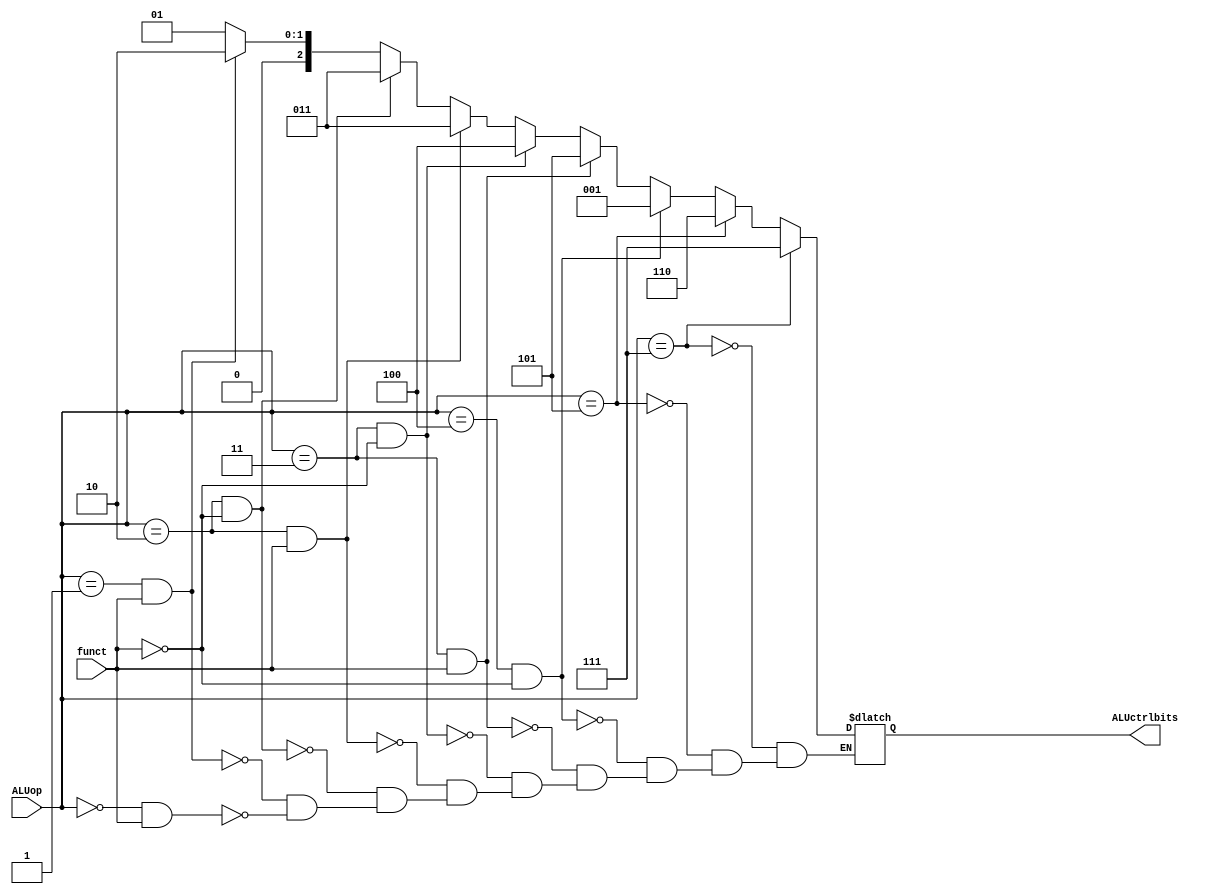
//////////////////////////////////////////////////////////////////////////////////
// Course: Cooper Union ECE151A Spring 2016
// Professor: Professor Marano
// Module Name: 
// Description: 
//////////////////////////////////////////////////////////////////////////////////

`timescale 1ns / 1ns

module ALUctrlunit(ALUctrlbits, ALUop, funct);

//-------------Input-------------------
input wire [2:0] ALUop;
input wire funct;
//-------------Output------------------
output reg [2:0] ALUctrlbits;


//------------------Instructions-----------------------
initial begin
	ALUctrlbits = 3'b000;
end
always @* begin
	if ((ALUop == 3'b000) && (funct == 1)) begin
		//add
		ALUctrlbits = 3'b001;
	end 
	if ((ALUop == 3'b001) && (funct == 1)) begin
		//nand
		ALUctrlbits = 3'b010;
	end 
	if ((ALUop == 3'b010) && (funct == 0)) begin
		//slt_0
		ALUctrlbits = 3'b011;
	end 
	if ((ALUop == 3'b010) && (funct == 1)) begin
		//slt_1
		ALUctrlbits = 3'b011;
	end 
	if ((ALUop == 3'b011) && (funct == 0)) begin
		//sl
		ALUctrlbits = 3'b100;
	end 
	if ((ALUop == 3'b011) && (funct == 1)) begin
		//sr
		ALUctrlbits = 3'b101;
	end 
	if ((ALUop == 3'b100) && (funct == 0)) begin
		//addi 
		ALUctrlbits = 3'b001; //same as add
	end 
	if (ALUop == 3'b101) begin
		//beq
		ALUctrlbits = 3'b110;
	end 
	if (ALUop == 3'b111) begin
		//lw or sw
		ALUctrlbits = 3'b111;
	end

end

endmodule